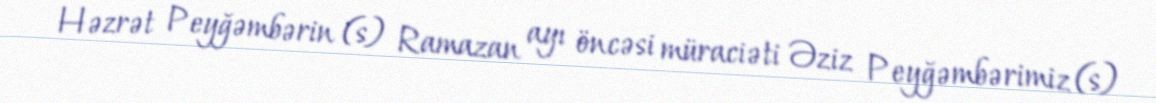
Həzrət Peyğəmbərin (s) Ramazan ayı öncəsi müraciəti Əziz Peyğəmbərimiz (s)